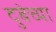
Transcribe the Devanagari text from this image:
दुबेच्या